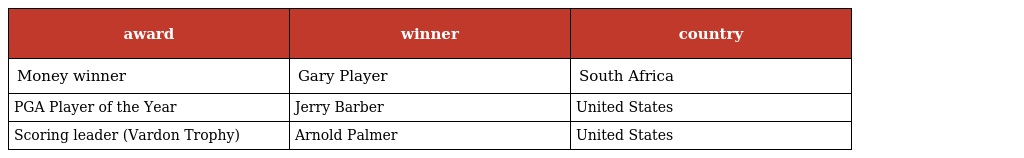
| award | winner | country |
 | --- | --- | --- |
 | Money winner | Gary Player | South Africa |
 | PGA Player of the Year | Jerry Barber | United States |
 | Scoring leader (Vardon Trophy) | Arnold Palmer | United States |